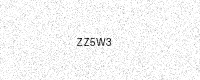
Text: ZZ5W3